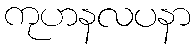
ကုဟနလပနာ